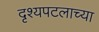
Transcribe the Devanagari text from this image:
दृश्यपटलाच्या